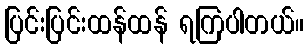
ပြင်းပြင်းထန်ထန် ရကြပါတယ်။